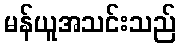
မန်ယူအသင်းသည်